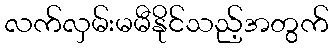
လက်လှမ်းမမီနိုင်သည့်အတွက်